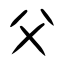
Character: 父